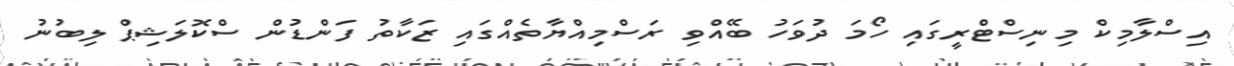
އިސްލާމިކް މިނިސްޓްރީގައި ހޯމަ ދުވަހު ބޭއްވި ރަސްމިއްޔާތެއްގައި ޒަކާތު ފަންޑުން ސްކޮލަޝިޕް ލިބުނު